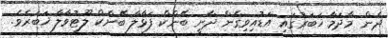
ދެން މާދަމާ ޚަބަރުގައި އަޑުއިވިގެން ދާނީ ބޭންކް ފަޅާލާ ބޭންކް ލޫޓުވާލާ ޚަބަރެވެ.